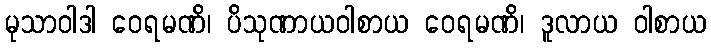
မုသာဝါဒါ ဝေရမဏိ၊ ပိသုဏာယဝါစာယ ဝေရမဏိ၊ ဒူလာယ ဝါစာယ